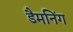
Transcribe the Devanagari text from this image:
डैमनिंग